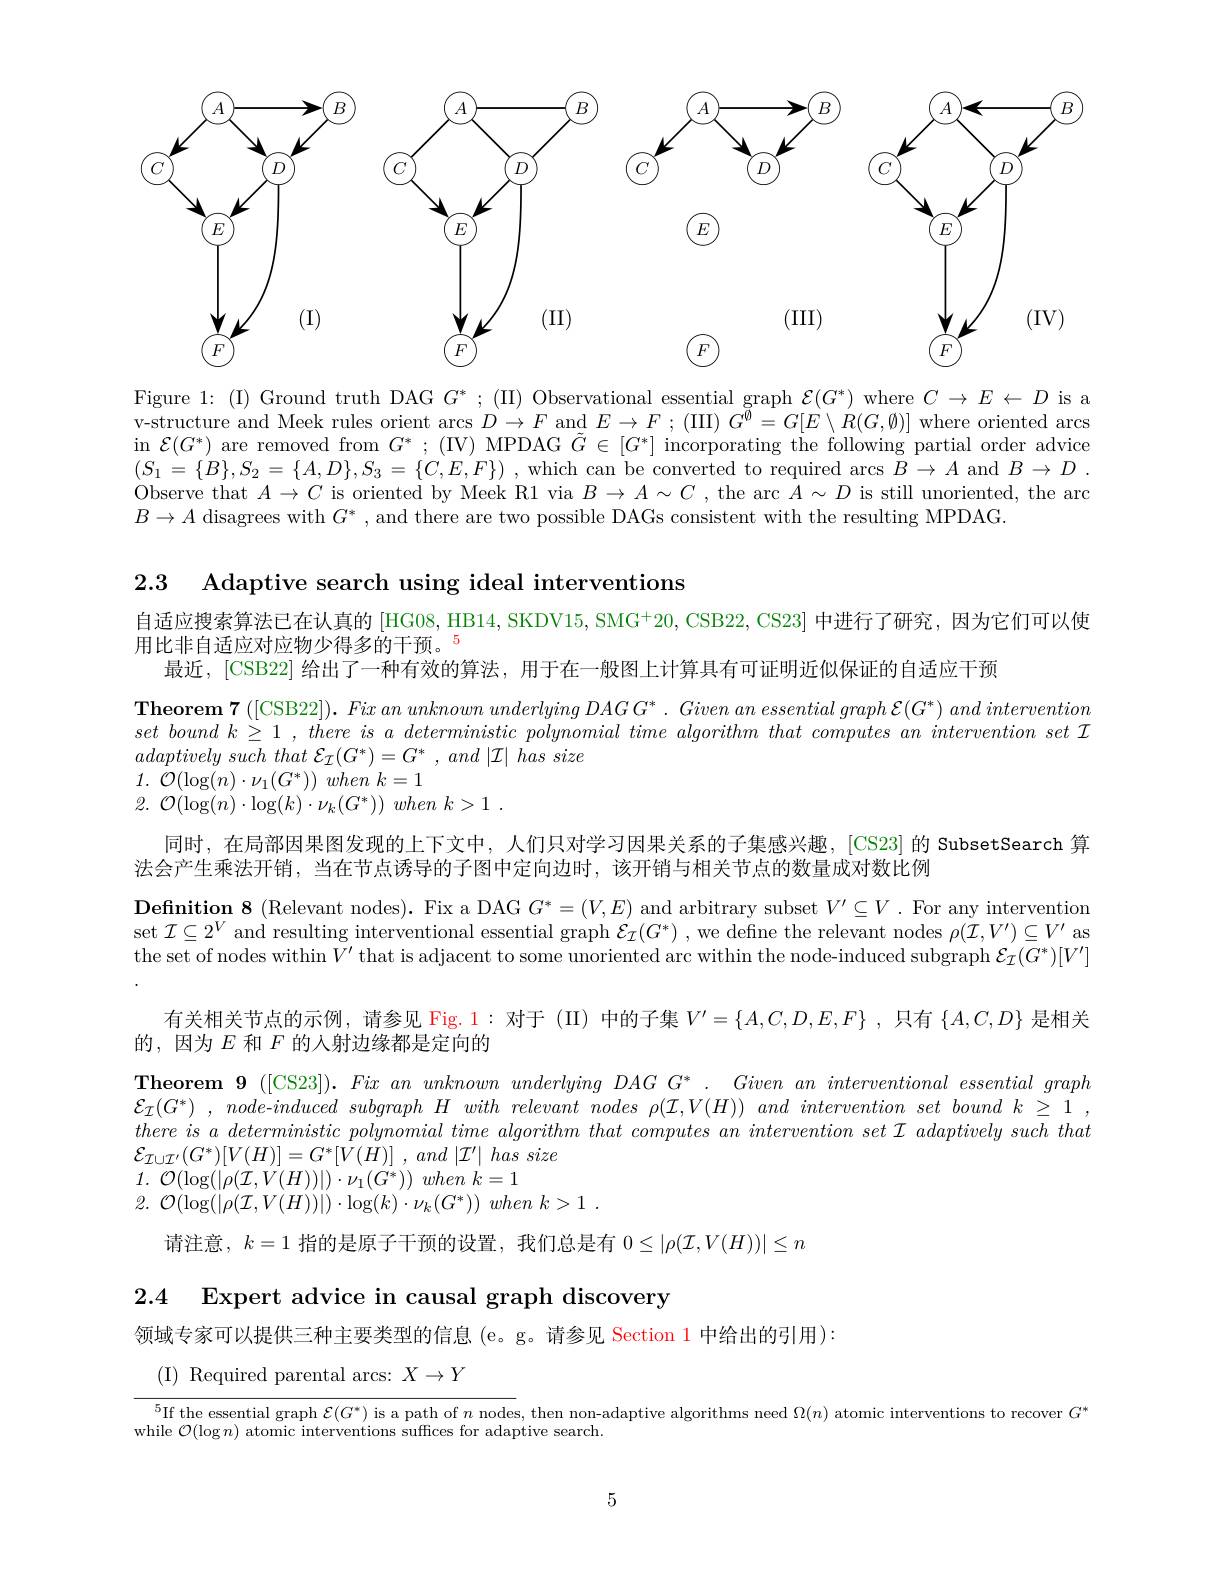
<FigureHere>

Figure 1: (I) Ground truth DAG $G^*;$ (II) Observational essential graph $\mathcal{E}(G^*)$ where $C\to E\leftarrow D$ is a v-structure and Meek rules orient $\arcsin D\to F$ and $E\to F;(III)G^\emptyset=G[E\setminus R(G,\emptyset)]$ where oriented arcs in $\mathcal{E}(G^*)$ are removed from $G^*;$ (IV) MPDAG $\tilde{G}\in[G^*]$ incorporating the following partial order advice $( S_{1}= \{ B\} , S_{2}= \{ A, D\} , S_{3}= \{ C, E, F\} )$ , which can be converted to required $\operatorname{arcs}B\to A$ and $B\to D$ . Observe that $A\to C$ is oriented by Meek R1 via $B\to A\sim C$ , the arc $\bar{A}\sim D$ is still unoriented, the arc $B\to A$ disagrees with $G^*$, and there are two possible DAGs consistent with the resulting MPDAG.

2.3 Adaptive search using ideal interventions

自适应搜索算法已在认真的 [HG08, HB14, SKDV15, SMG+20, CSB22, CS23] 中进行了研究，因为它们可以使

用比非自适应对应物少得多的干预。$^{5}$
最近，[CSB22] 给出了一种有效的算法，用于在一般图上计算具有可证明近似保证的自适应干预
$\textbf{Theorem 7 }( [$CSB22$] ) . \textit{ Fix an unknown underlying DAGG* . Given an essential graph }\mathcal{E} ( G^* ) \textit{ and intervention}$ set bound $k\geq 1$ , there $is$ $a$ deterministic polynomial time algorithm that computes $an$ intervention set $\mathcal{I}$ adaptively such that $\mathcal{E} _{\mathcal{I} }( G^{* }) = G^{* }$ , and $| \mathcal{I} |$ has size
1. $\mathcal{O} ( \log ( n) \cdot \nu _{1}( G^{* }) )$ when $k= 1$
2. $\mathcal{O} ( \log ( n) \cdot \log ( k) \cdot \nu _{k}( G^{* }) )$ when $k> 1$ .
同时，在局部因果图发现的上下文中，人们只对学习因果关系的子集感兴趣，[CS23] 的 SubsetSearch 算
法会产生乘法开销，当在节点诱导的子图中定向边时，该开销与相关节点的数量成对数比例
$\textbf{Definition 8 ( Relevant nodes) . Fix a DAG }G^* = ( V, E)$ and arbitrary subset $V^\prime\subseteq V$ .For any intervention set $\mathcal{I}\subseteq2^V$ and resulting interventional essential graph $\mathcal{E}_\mathcal{I}(G^*)$, we define the relevant nodes $\rho(\mathcal{I},V^{\prime})\subseteq V^{\prime}$ as the set of nodes within $V^\prime$ that is adjacent to some unoriented arc within the node-induced subgraph $\mathcal{E}_\mathcal{I}(G^*)[V^\prime]$
有关相关节点的示例，请参见 Fig.1:对于(II)中的子集$V^\prime=\{A,C,D,E,F\}$,只有$\{A,C,D\}$是相关
的，因为$E$和$F$的人射边缘都是定向的
$\textbf{Theorem 9}$ ([CS23$] ) . \textit{ Fix an unknown underlying DAG G}^* .$ Given $an$ interventional essential graph $\mathcal{E} _{\mathcal{I} }( G^{* })$ , $node- induced$ subgraph $H$ with relevant nodes $\rho ( \mathcal{I} , V( H) )$ and intervention set bound $k$ $\geq$ 1 , $there\textit{ is a deterministic polynomial time algorithm that computes an intervention set I adaptively such that}$ $\mathcal{E} _{\mathcal{I} \cup \mathcal{I} ^{\prime }}( G^{* }) [ V( H) ] = G^{* }[ V( H) ]$ , and $| \mathcal{I} ^{\prime }|$ has size
1. $\mathcal{O} ( \log ( | \rho ( \dot{\mathcal{I} } , V( H) ) | ) \cdot \nu _{1}( G^{* }) )$ when $k= 1$
2. $\mathcal{O} ( \log ( | \rho ( \mathcal{I} , V( H) ) | ) \cdot \log ( k) \cdot \nu _{k}( G^{* }) )$ when $k> 1$ .
请注意，$k=1$指的是原子干预的设置，我们总是有$0\leq|\rho(\mathcal{I},V(H))|\leq n$

2.4 Expert advice in causal graph discovery

领域专家可以提供三种主要类型的信息 (e。g。请参见 Section 1 中给出的引用):

(I) Required parental arcs: $X\to Y$

$^5$If the essential graph $\mathcal{E} ( G^* )$ is a path of $n$ nodes,  then non- adaptive algorithms need $\Omega ( n)$ atomic interventions to recover $G^*$ $\text{Te }^5$If the essential graph $\mathcal{E} ( G^* )$ is a path of $n$ nodes,  then non- adaptive algorithms need$\Omega ( n)$ ato

while $\mathcal{O}(\log n)$ atomic interventions suffices for adaptive search.

5